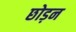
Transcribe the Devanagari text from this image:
छोड़न